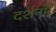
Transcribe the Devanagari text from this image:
दर्शनमे